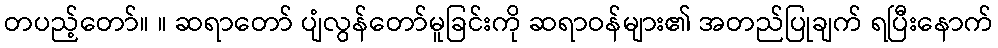
တပည့်တော်။ ။ ဆရာတော် ပျံလွန်တော်မူခြင်းကို ဆရာဝန်များ၏ အတည်ပြုချက် ရပြီးနောက်